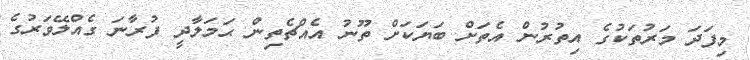
މިފަދަ މަރުތަކުގެ އިތުރުން އެތަށް ބަޔަކަށް ތޫނު އެއްޗެތިން ޙަމަލާދީ ފުރާނަ ގެއްލޭވަރުގެ